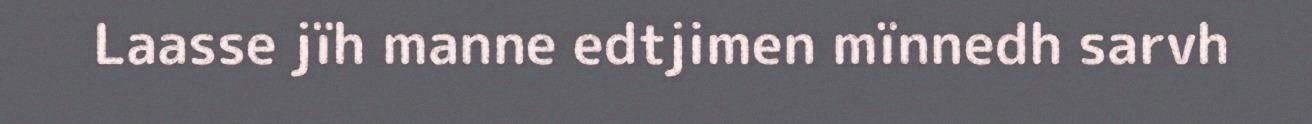
Laasse jïh manne edtjimen mïnnedh sarvh